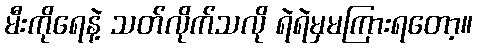
မီးကိုရေနဲ့ သတ်လိုက်သလို ရဲရဲမှမကြားရတော့။